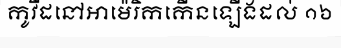
កូវីដនៅអាម៉េរិកកើនឡើងដល់ ១៦